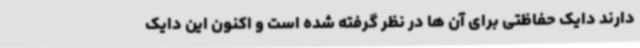
دارند دایک حفاظتی برای آن ها در نظر گرفته شده است و اکنون این دایک